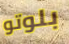
بلوتو